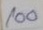
100